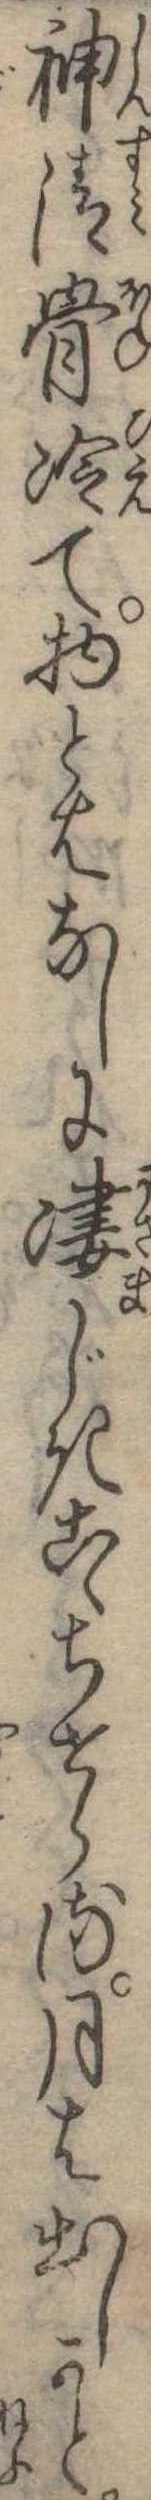
神清骨冷て物とはなしに凄しきこゝちせらる月は出しかと